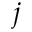
j